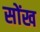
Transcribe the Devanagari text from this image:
सोंख